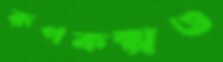
রূপকল্পও